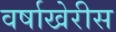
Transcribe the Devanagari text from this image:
वर्षाखेरीस